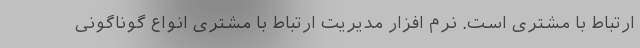
ارتباط با مشتری است. نرم افزار مدیریت ارتباط با مشتری انواع گوناگونی